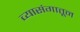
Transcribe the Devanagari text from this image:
व्यासंगातून